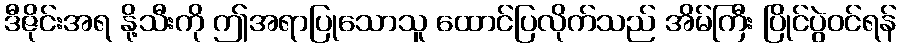
ဒီဇိုင်းအရ နို့သီးကို ဤအရာပြုသောသူ ထောင်ပြလိုက်သည် အိမ်ကြီး ပြိုင်ပွဲဝင်ရန်